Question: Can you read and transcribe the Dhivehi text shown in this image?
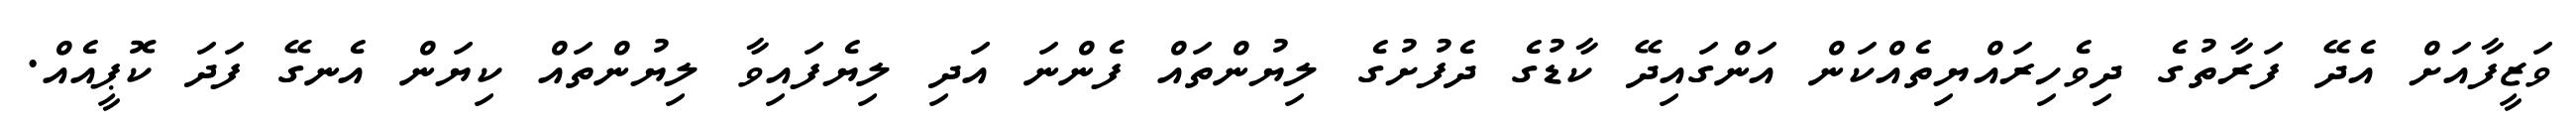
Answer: ވަޒީފާއަށް އެދޭ ފަރާތުގެ ދިވެހިރައްޔިތެއްކަން އަންގައިދޭ ކާޑުގެ ދެފުށުގެ ލިޔުންތައް ފެންނަ އަދި ލިޔެފައިވާ ލިޔުންތައް ކިޔަން އެނގޭ ފަދަ ކޮޕީއެއް.